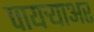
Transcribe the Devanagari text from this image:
पायर्‍याअर